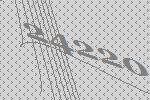
24220